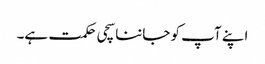
اپنے آپ کو جاننا سچی حکمت ہے۔